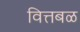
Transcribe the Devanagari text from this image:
वित्तबळ